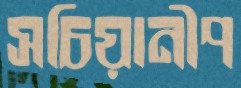
সচিয়ানীপ